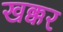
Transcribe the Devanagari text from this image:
खक्कर